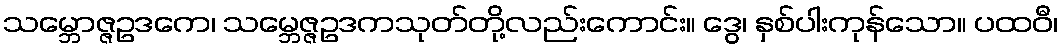
သမ္ဘောဇ္ဇဥဒကေ၊ သမ္ဘေဇ္ဇဥဒကသုတ်တို့လည်းကောင်း။ ဒွေ၊ နှစ်ပါးကုန်သော။ ပထဝီ၊